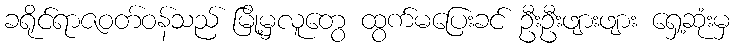
ခရိုင်ရာဇဝတ်ဝန်သည် မြို့မှလူတွေ ထွက်မပြေးခင် ဦးဦးဖျားဖျား ရှေ့ဆုံးမှ